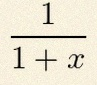
\frac{1}{1+x}